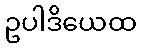
ဥပါဒိယေထ